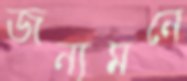
জন্যমনে